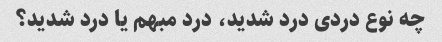
چه نوع دردی درد شدید، درد مبهم یا درد شدید؟